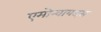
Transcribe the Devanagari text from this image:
एमोन्वायड्स